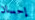
إحسان